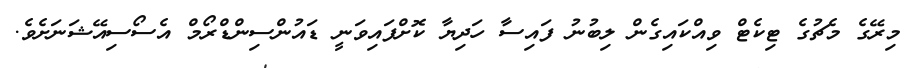
މިރޭގެ މެޗުގެ ޓިކެޓް ވިއްކައިގެން ލިބުނު ފައިސާ ހަދިޔާ ކޮށްފައިވަނީ ޑައުންސިންޑްރޯމް އެސޯސިއޭޝަނަށެވެ.